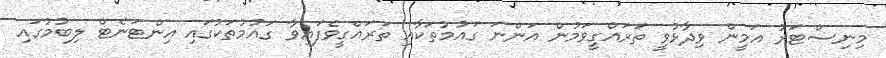
މިނިސްޓަރު އަމީން ވިދާޅުވީ ތަރައްގީވަމުން އަންނަ ގައުމުތަކާއި ތަރައްގީވެފައިވާ ގައުމުތަކުގައި އިންޓަނެޓް ލިބުމުގައި